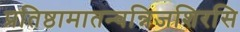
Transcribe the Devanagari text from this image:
प्रतिष्ठामातन्वन्निजशिरसि